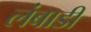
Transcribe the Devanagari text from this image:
लंबाडी